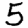
Digit: 5